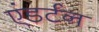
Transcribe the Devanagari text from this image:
एंडर्टन